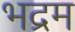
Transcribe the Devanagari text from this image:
भद्रम